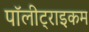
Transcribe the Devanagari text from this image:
पॉलीट्राइकम